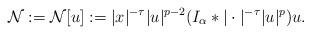
LaTeX: \begin{align*}\mathcal N&:=\mathcal N[u]:=|x|^{-\tau}|u|^{p-2}(I_\alpha *|\cdot|^{-\tau}|u|^p)u.\end{align*}